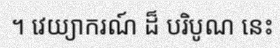
។ វេយ្យាករណ៍ ដ៏ បរិបូណ នេះ